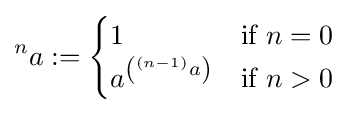
{^{n}a}:={\begin{cases}1&{\text{if }}n=0\\a^{\left(^{(n-1)}a\right)}&{\text{if }}n>0\end{cases}}